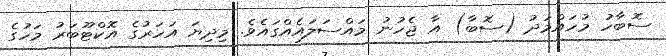
ސޮބާހު މުހައްމަދު (ސޮބާ) އާ ޖެހުނު މައްސަލައެއްގައެވެ. މިދިޔަ އަހަރުގެ އޮކްޓޫބަރު މަހުގެ